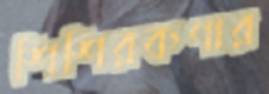
শিশিরকণার